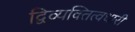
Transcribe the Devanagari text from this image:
द्विव्यक्तित्वधारी